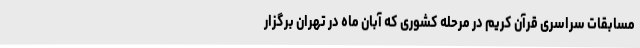
مسابقات سراسری قرآن کریم در مرحله کشوری که آبان ماه در تهران برگزار